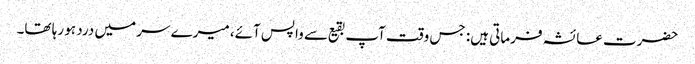
حضرت عائشہ فرماتی ہیں: جس وقت آپ بقیع سے واپس آئے، میرے سر میں درد ہو رہا تھا۔